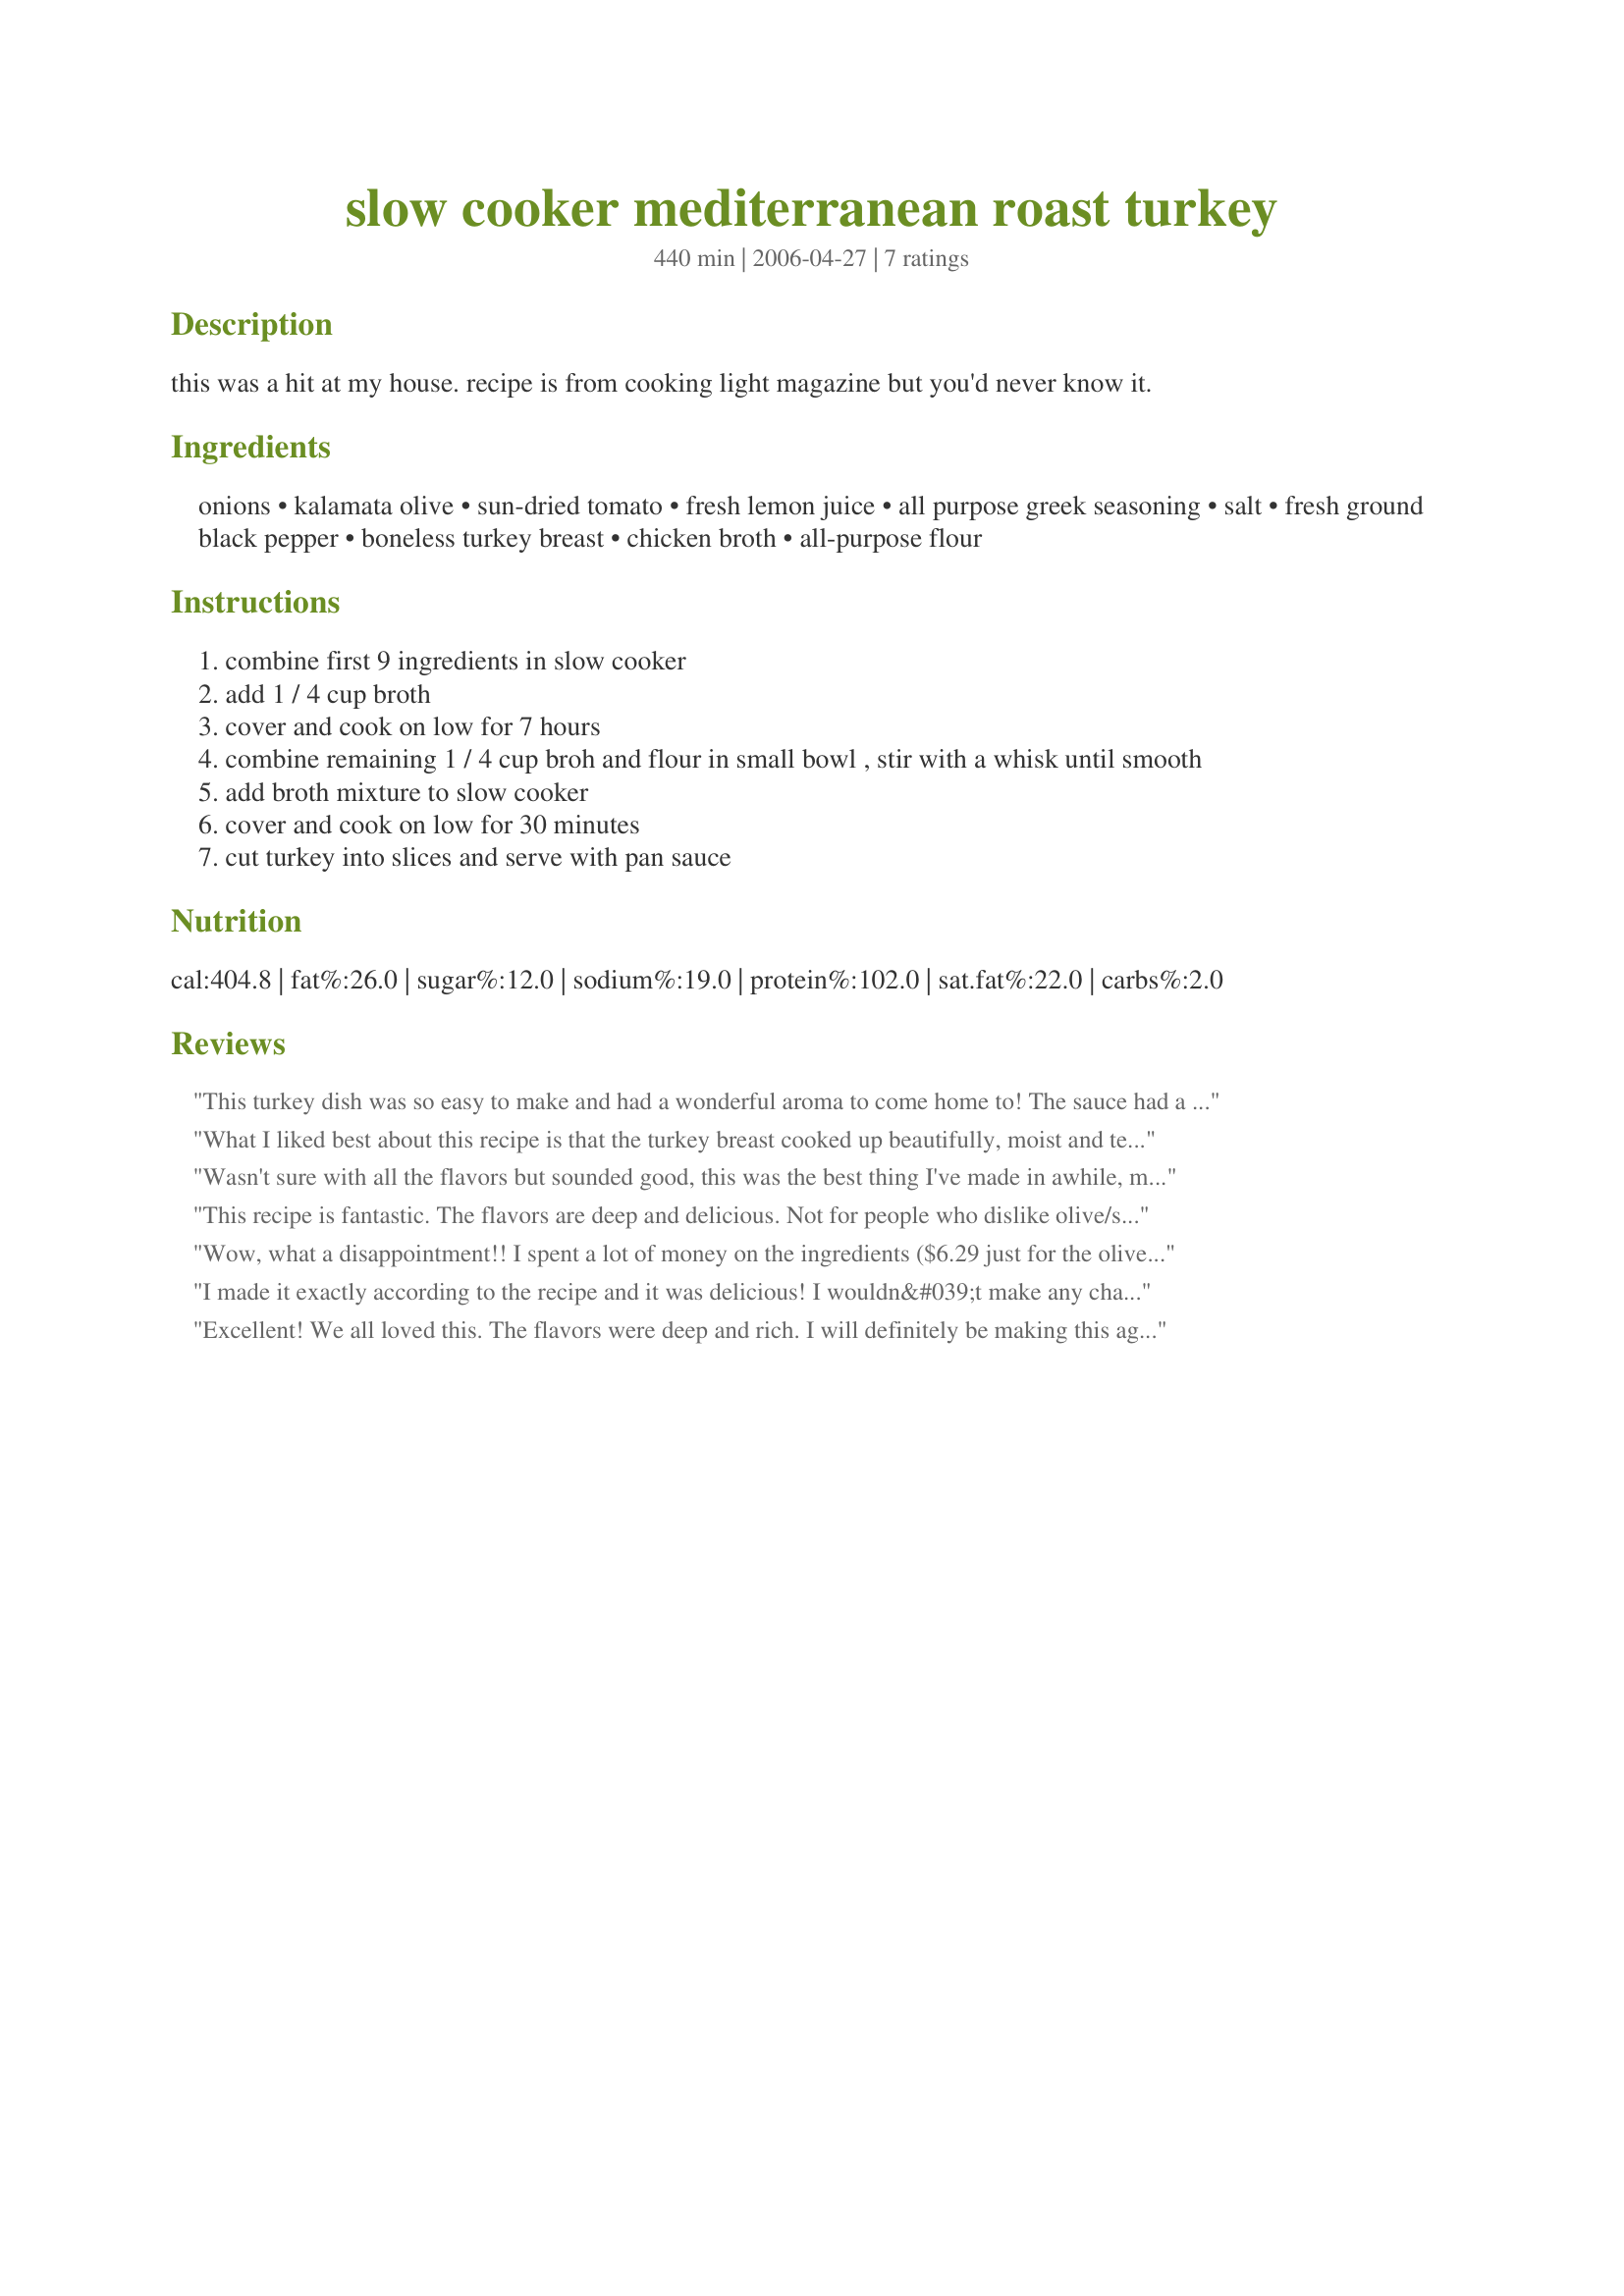
slow cooker mediterranean roast turkey
Preparation time: 440 minutes

this was a hit at my house. recipe is from cooking light magazine but you'd never know it.

Ingredients:
onions, kalamata olive, sun-dried tomato, fresh lemon juice, all purpose greek seasoning, salt, fresh ground black pepper, boneless turkey breast, chicken broth, all-purpose flour

Steps:
combine first 9 ingredients in slow cooker
add 1 / 4 cup broth
cover and cook on low for 7 hours
combine remaining 1 / 4 cup broh and flour in small bowl , stir with a whisk until smooth
add broth mixture to slow cooker
cover and cook on low for 30 minutes
cut turkey into slices and serve with pan sauce

Reviews:
This turkey dish was so easy to make and had a wonderful aroma to come home to! The sauce had a delicate enough flavor that I was able to pull out pieces of the turkey and serve it to the kids with out them turning up their noses. I accidently picked up a boneless turkey roast instead of the turkey breast I set out to get and it worked out great! I used the packet of gravy that came with it in place of the broth and flour that was suggested and the sauce had a nice consistency. Served it with garlic mashed potatoes and a greek salad. Yum!
What I liked best about this recipe is that the turkey breast cooked up beautifully, moist and tender. Had never tried a turkey breast in the crockpot before! The sauce is very good -- unique in flavor. We enjoyed it over the turkey and over stuffing. Thanks, Kathy, for sharing.
Wasn't sure with all the flavors but sounded good, this was the best thing I've made in awhile, my dinner party ate all the turkey and I made a double batch! Great recipe! I'll be sure to make this again and again!
This recipe is fantastic. The flavors are deep and delicious. Not for people who dislike olive/sun-dried tomato flavor, as this is loaded. One of my faves!
Wow, what a disappointment!! I spent a lot of money on the ingredients ($6.29 just for the olives) and it did not taste good AT ALL....The only good thing I have to say is that I do have some left over turkey the wasn't tainted by the sauce to use in another recipe this week!
I made it exactly according to the recipe and it was delicious! I wouldn&#039;t make any changes to it at all and I&#039;ll be making it again.
Excellent! We all loved this. The flavors were deep and rich. I will definitely be making this again.
